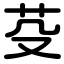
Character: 芟